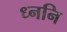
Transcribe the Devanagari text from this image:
ध्ननि